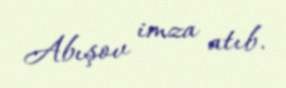
Abışov imza atıb.